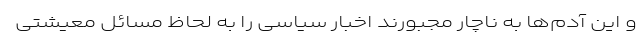
و این آدم‌ها به ناچار مجبورند اخبار سیاسی را به لحاظ مسائل معیشتی